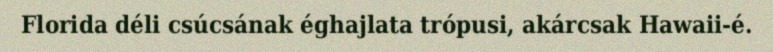
Florida déli csúcsának éghajlata trópusi, akárcsak Hawaii-é.